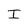
Character: I